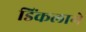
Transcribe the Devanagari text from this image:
डिंकलागे